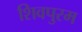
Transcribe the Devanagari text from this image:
शिवपुरम